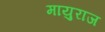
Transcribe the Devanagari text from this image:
मायुराज